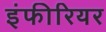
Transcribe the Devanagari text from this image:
इंफीरियर